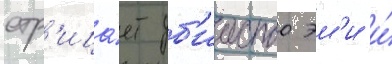
отр'ица́ет уб'ииство эм'и и́